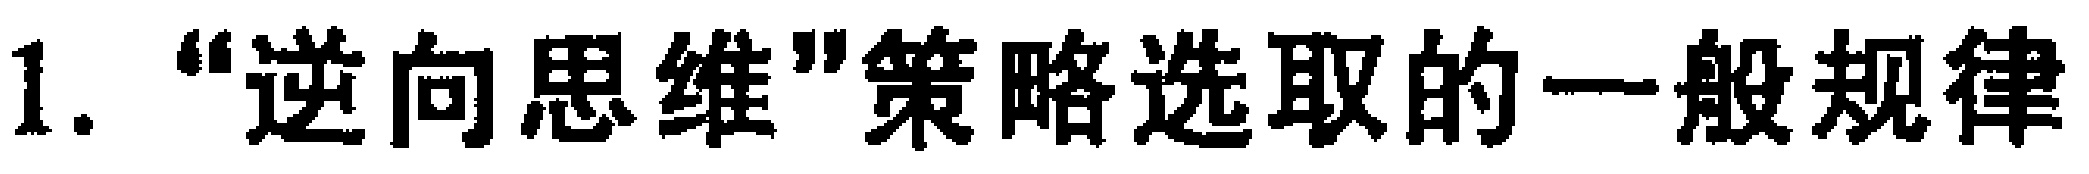
1. “逆向思维”策略选取的一般规律